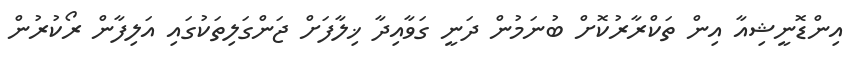
އިންޑޮނީޝިއާ އިން ތަކްރާރުކޮށް ބުނަމުން ދަނީ ގަވާއިދާ ޚިލާފަށް ޖަންގަލިތަކުގައި އަލިފާން ރޯކުރުން